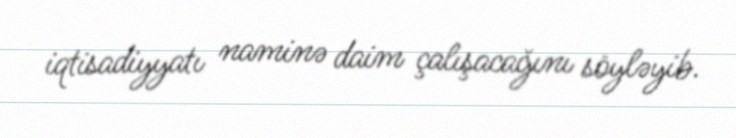
iqtisadiyyatı naminə daim çalışacağını söyləyib.